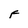
Character: F